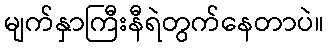
မျက်နှာကြီးနီရဲတွက်နေတာပဲ။